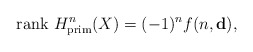
\begin{align*} \mathrm{rank}\ H^{n}_{\mathrm{prim}}(X)=(-1)^{n}f(n,\mathbf{d}),\end{align*}